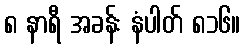
၈ နာရီ အခန်း နံပါတ် ၈၁၆။